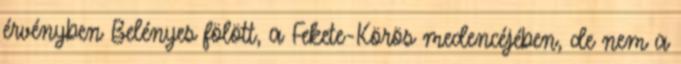
érvényben Belényes fölött, a Fekete-Körös medencéjében, de nem a